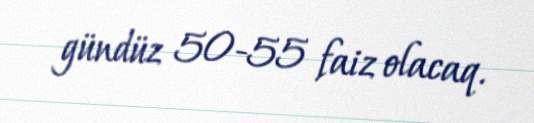
gündüz 50-55 faiz olacaq.